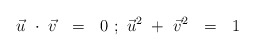
\begin{align*}\vec{u}\ \cdot\ \vec{v}\ \ =\ \ 0\ ;\ \vec{u}^2\ +\ \vec{v}^2\ \ =\ \ 1\ \end{align*}